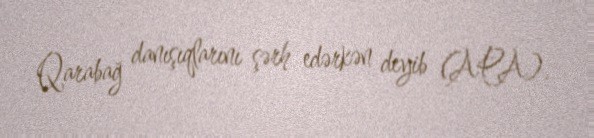
Qarabağ danışıqlarını şərh edərkən deyib (APA).